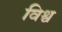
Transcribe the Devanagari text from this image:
विश्व